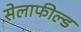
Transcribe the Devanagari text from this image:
सेलाफील्ड